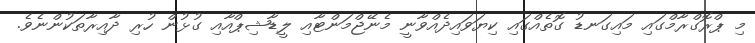
މި ޕްރޮގްރާމްގައި މައިގަނޑު ގޮތެއްގައި ކިޔަވައިދެއްވާނީ މެނޭޖްމަންޓާއި ލީޑާޝިޕްއާއި ގުޅުން ހުރި ދާއިރާތަކުންނެވެ.